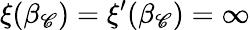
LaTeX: \xi(\beta_{\mathscr{C}})=\xi^{\prime}(\beta_{\mathscr{C}})=\infty